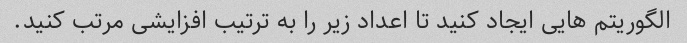
الگوریتم هایی ایجاد کنید تا اعداد زیر را به ترتیب افزایشی مرتب کنید.